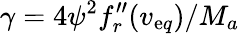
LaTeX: \gamma=4{\psi}^{2}f_{r}^{\prime\prime}(v_{\mathrm{e}q})/M_{a}